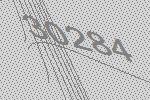
30284